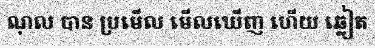
ណុល បាន ប្រមើល មើលឃើញ ហើយ ឆ្លៀត